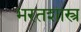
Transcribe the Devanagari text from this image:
भरतशास्त्र